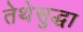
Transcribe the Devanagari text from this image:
तेथेसुद्धा